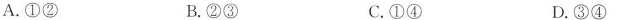
A.①② B.②③ C.①④ D.③④